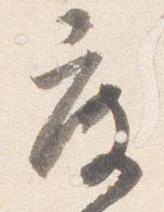
度